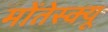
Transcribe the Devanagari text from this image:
मोंतेस्क्यू